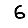
Digit: 6